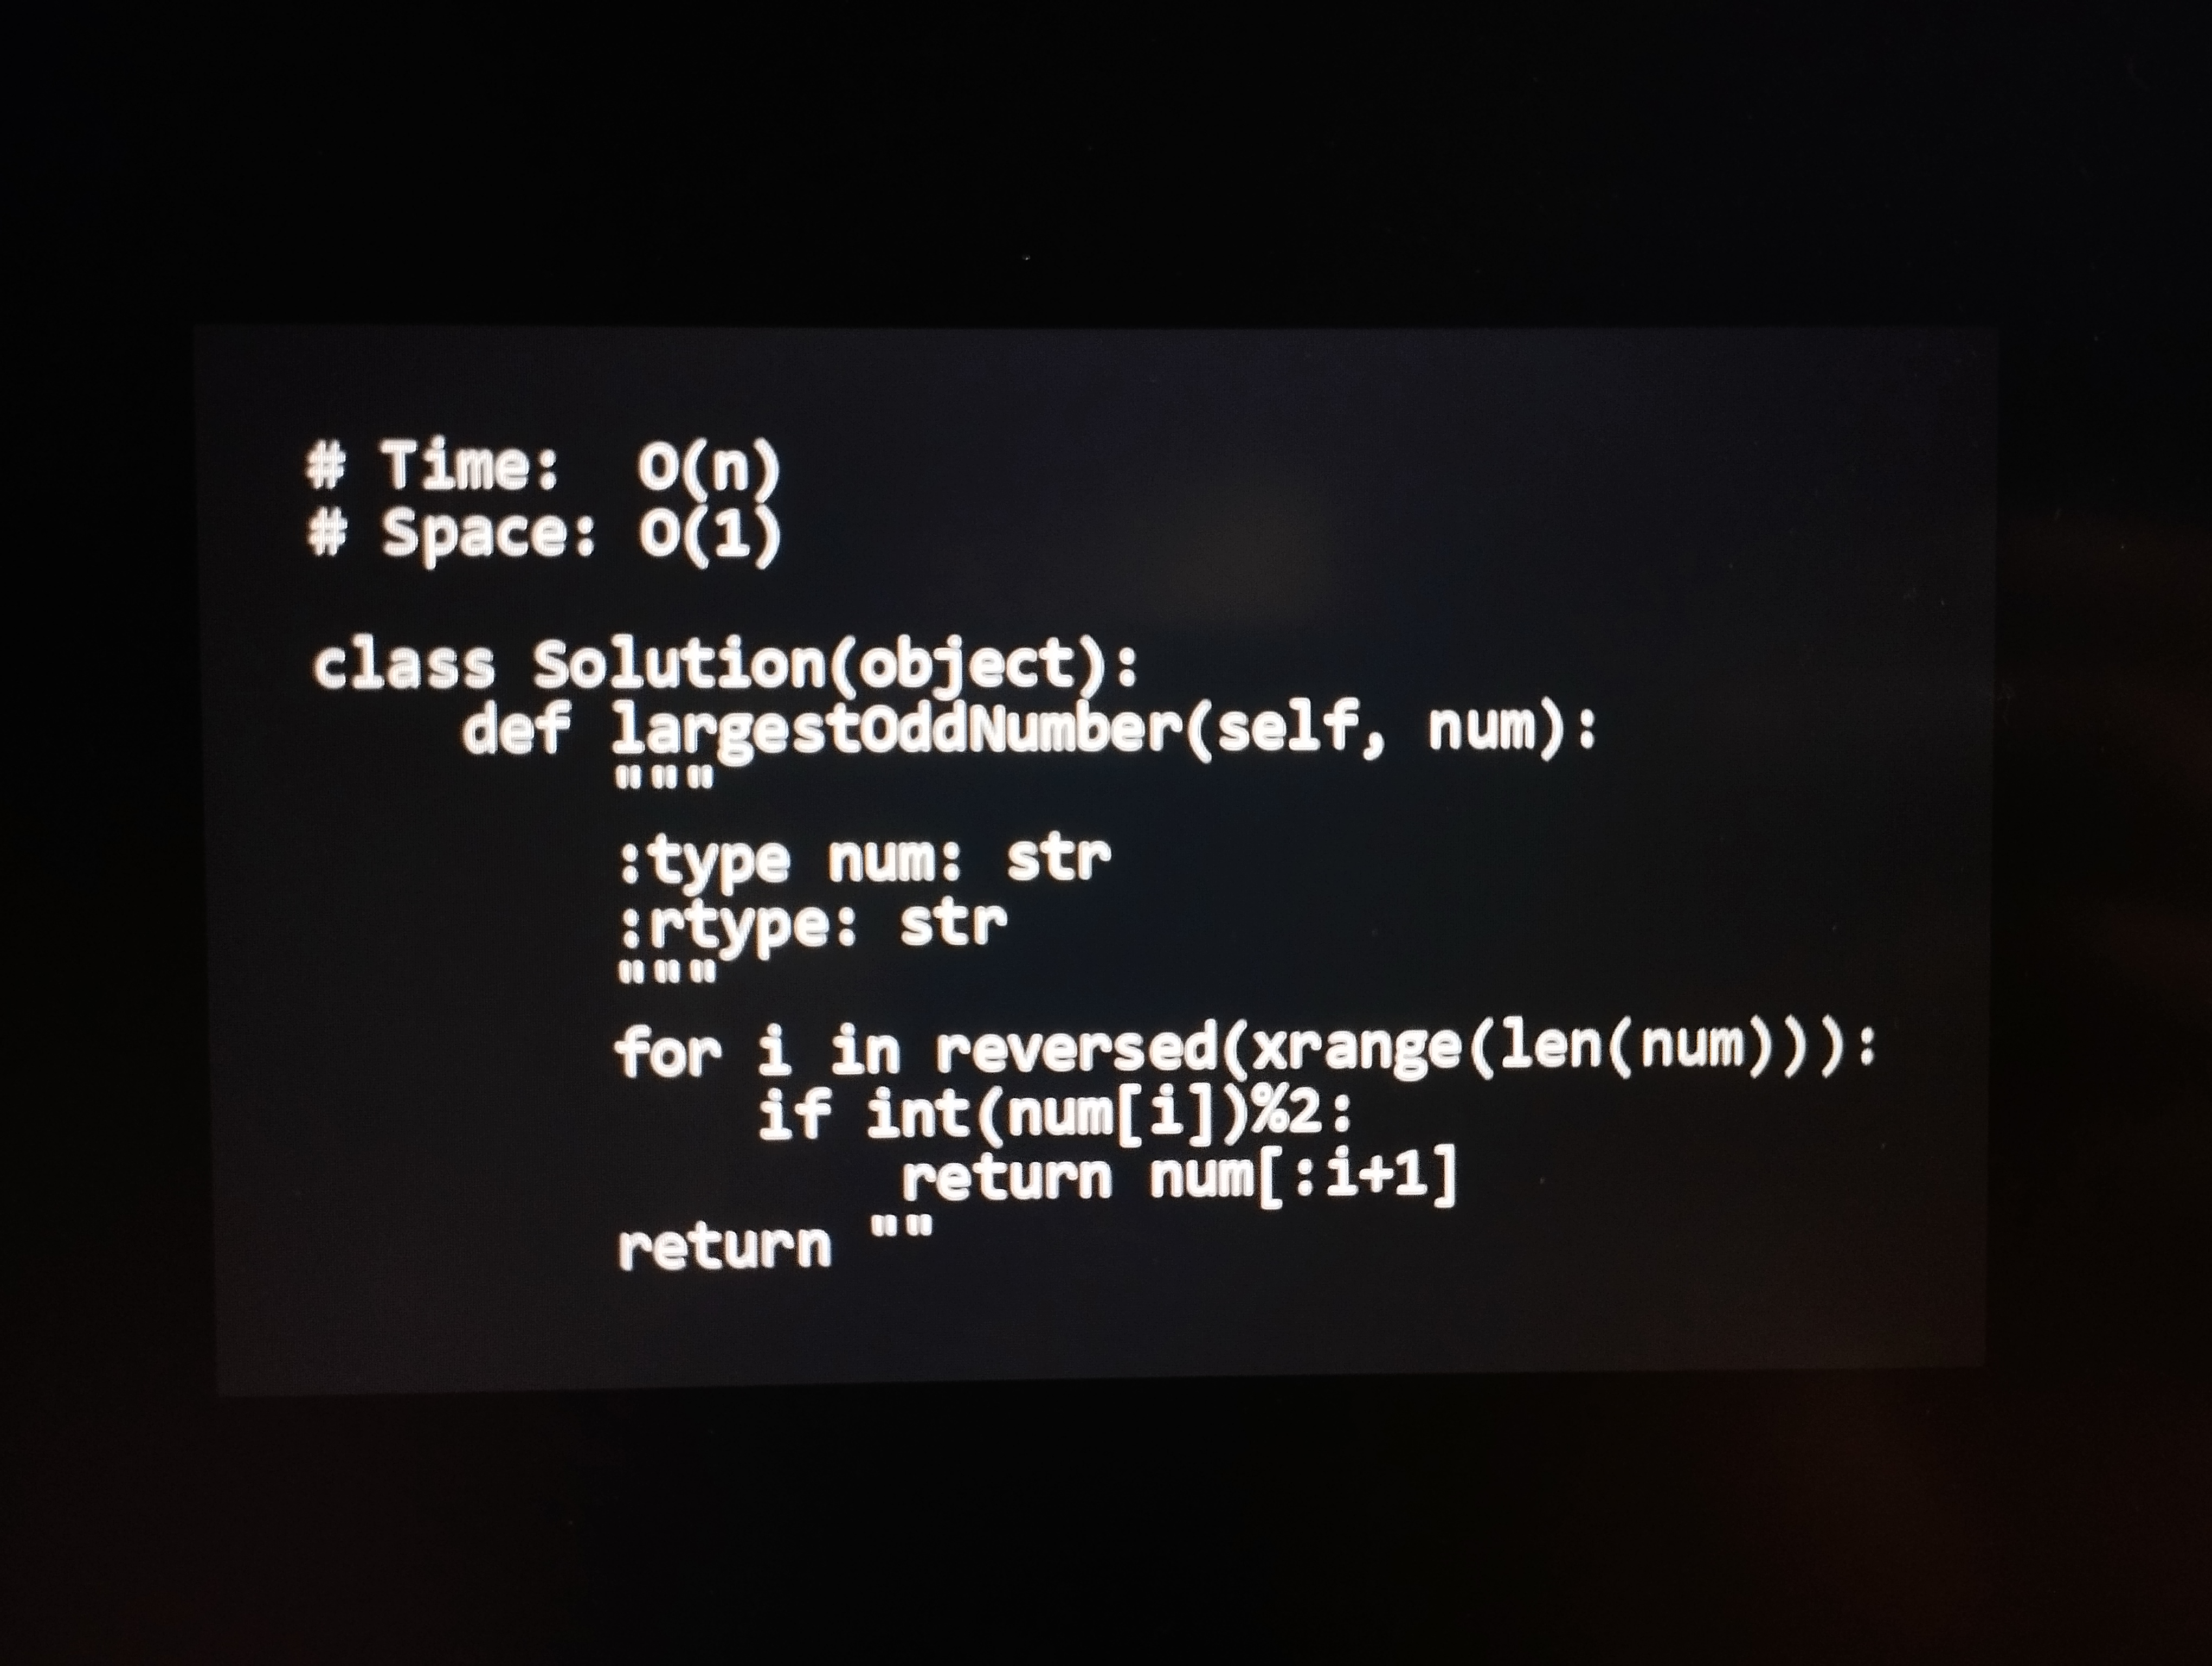
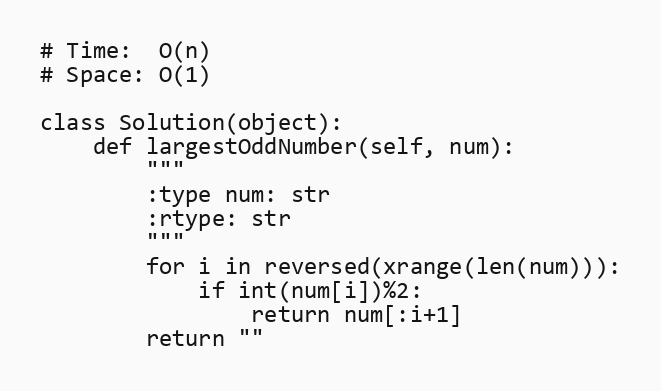
# Time:  O(n)
# Space: O(1)

class Solution(object):
    def largestOddNumber(self, num):
        """
        :type num: str
        :rtype: str
        """
        for i in reversed(xrange(len(num))):
            if int(num[i])%2:
                return num[:i+1]
        return ""